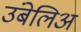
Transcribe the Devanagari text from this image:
उंबेलिअ